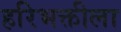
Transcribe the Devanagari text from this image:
हरिभक्तीला